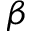
\beta